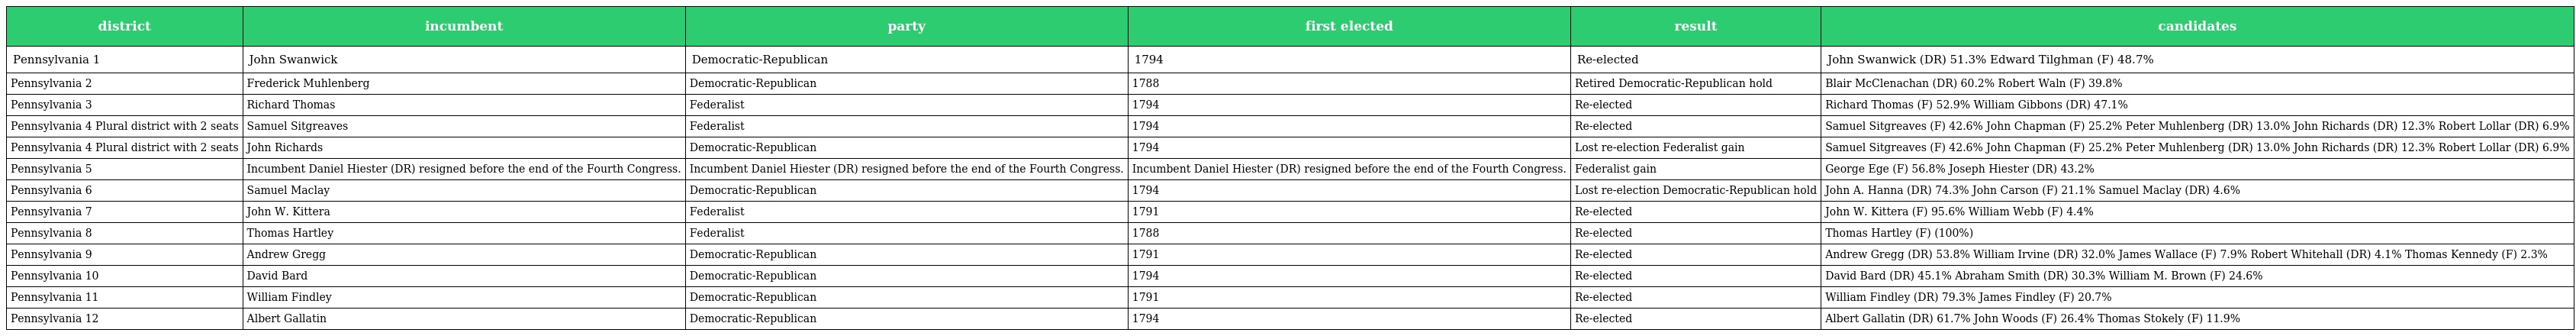
| district | incumbent | party | first elected | result | candidates |
 | --- | --- | --- | --- | --- | --- |
 | Pennsylvania 1 | John Swanwick | Democratic-Republican | 1794 | Re-elected | John Swanwick (DR) 51.3% Edward Tilghman (F) 48.7% |
 | Pennsylvania 2 | Frederick Muhlenberg | Democratic-Republican | 1788 | Retired Democratic-Republican hold | Blair McClenachan (DR) 60.2% Robert Waln (F) 39.8% |
 | Pennsylvania 3 | Richard Thomas | Federalist | 1794 | Re-elected | Richard Thomas (F) 52.9% William Gibbons (DR) 47.1% |
 | Pennsylvania 4 Plural district with 2 seats | Samuel Sitgreaves | Federalist | 1794 | Re-elected | Samuel Sitgreaves (F) 42.6% John Chapman (F) 25.2% Peter Muhlenberg (DR) 13.0% John Richards (DR) 12.3% Robert Lollar (DR) 6.9% |
 | Pennsylvania 4 Plural district with 2 seats | John Richards | Democratic-Republican | 1794 | Lost re-election Federalist gain | Samuel Sitgreaves (F) 42.6% John Chapman (F) 25.2% Peter Muhlenberg (DR) 13.0% John Richards (DR) 12.3% Robert Lollar (DR) 6.9% |
 | Pennsylvania 5 | Incumbent Daniel Hiester (DR) resigned before the end of the Fourth Congress. | Incumbent Daniel Hiester (DR) resigned before the end of the Fourth Congress. | Incumbent Daniel Hiester (DR) resigned before the end of the Fourth Congress. | Federalist gain | George Ege (F) 56.8% Joseph Hiester (DR) 43.2% |
 | Pennsylvania 6 | Samuel Maclay | Democratic-Republican | 1794 | Lost re-election Democratic-Republican hold | John A. Hanna (DR) 74.3% John Carson (F) 21.1% Samuel Maclay (DR) 4.6% |
 | Pennsylvania 7 | John W. Kittera | Federalist | 1791 | Re-elected | John W. Kittera (F) 95.6% William Webb (F) 4.4% |
 | Pennsylvania 8 | Thomas Hartley | Federalist | 1788 | Re-elected | Thomas Hartley (F) (100%) |
 | Pennsylvania 9 | Andrew Gregg | Democratic-Republican | 1791 | Re-elected | Andrew Gregg (DR) 53.8% William Irvine (DR) 32.0% James Wallace (F) 7.9% Robert Whitehall (DR) 4.1% Thomas Kennedy (F) 2.3% |
 | Pennsylvania 10 | David Bard | Democratic-Republican | 1794 | Re-elected | David Bard (DR) 45.1% Abraham Smith (DR) 30.3% William M. Brown (F) 24.6% |
 | Pennsylvania 11 | William Findley | Democratic-Republican | 1791 | Re-elected | William Findley (DR) 79.3% James Findley (F) 20.7% |
 | Pennsylvania 12 | Albert Gallatin | Democratic-Republican | 1794 | Re-elected | Albert Gallatin (DR) 61.7% John Woods (F) 26.4% Thomas Stokely (F) 11.9% |